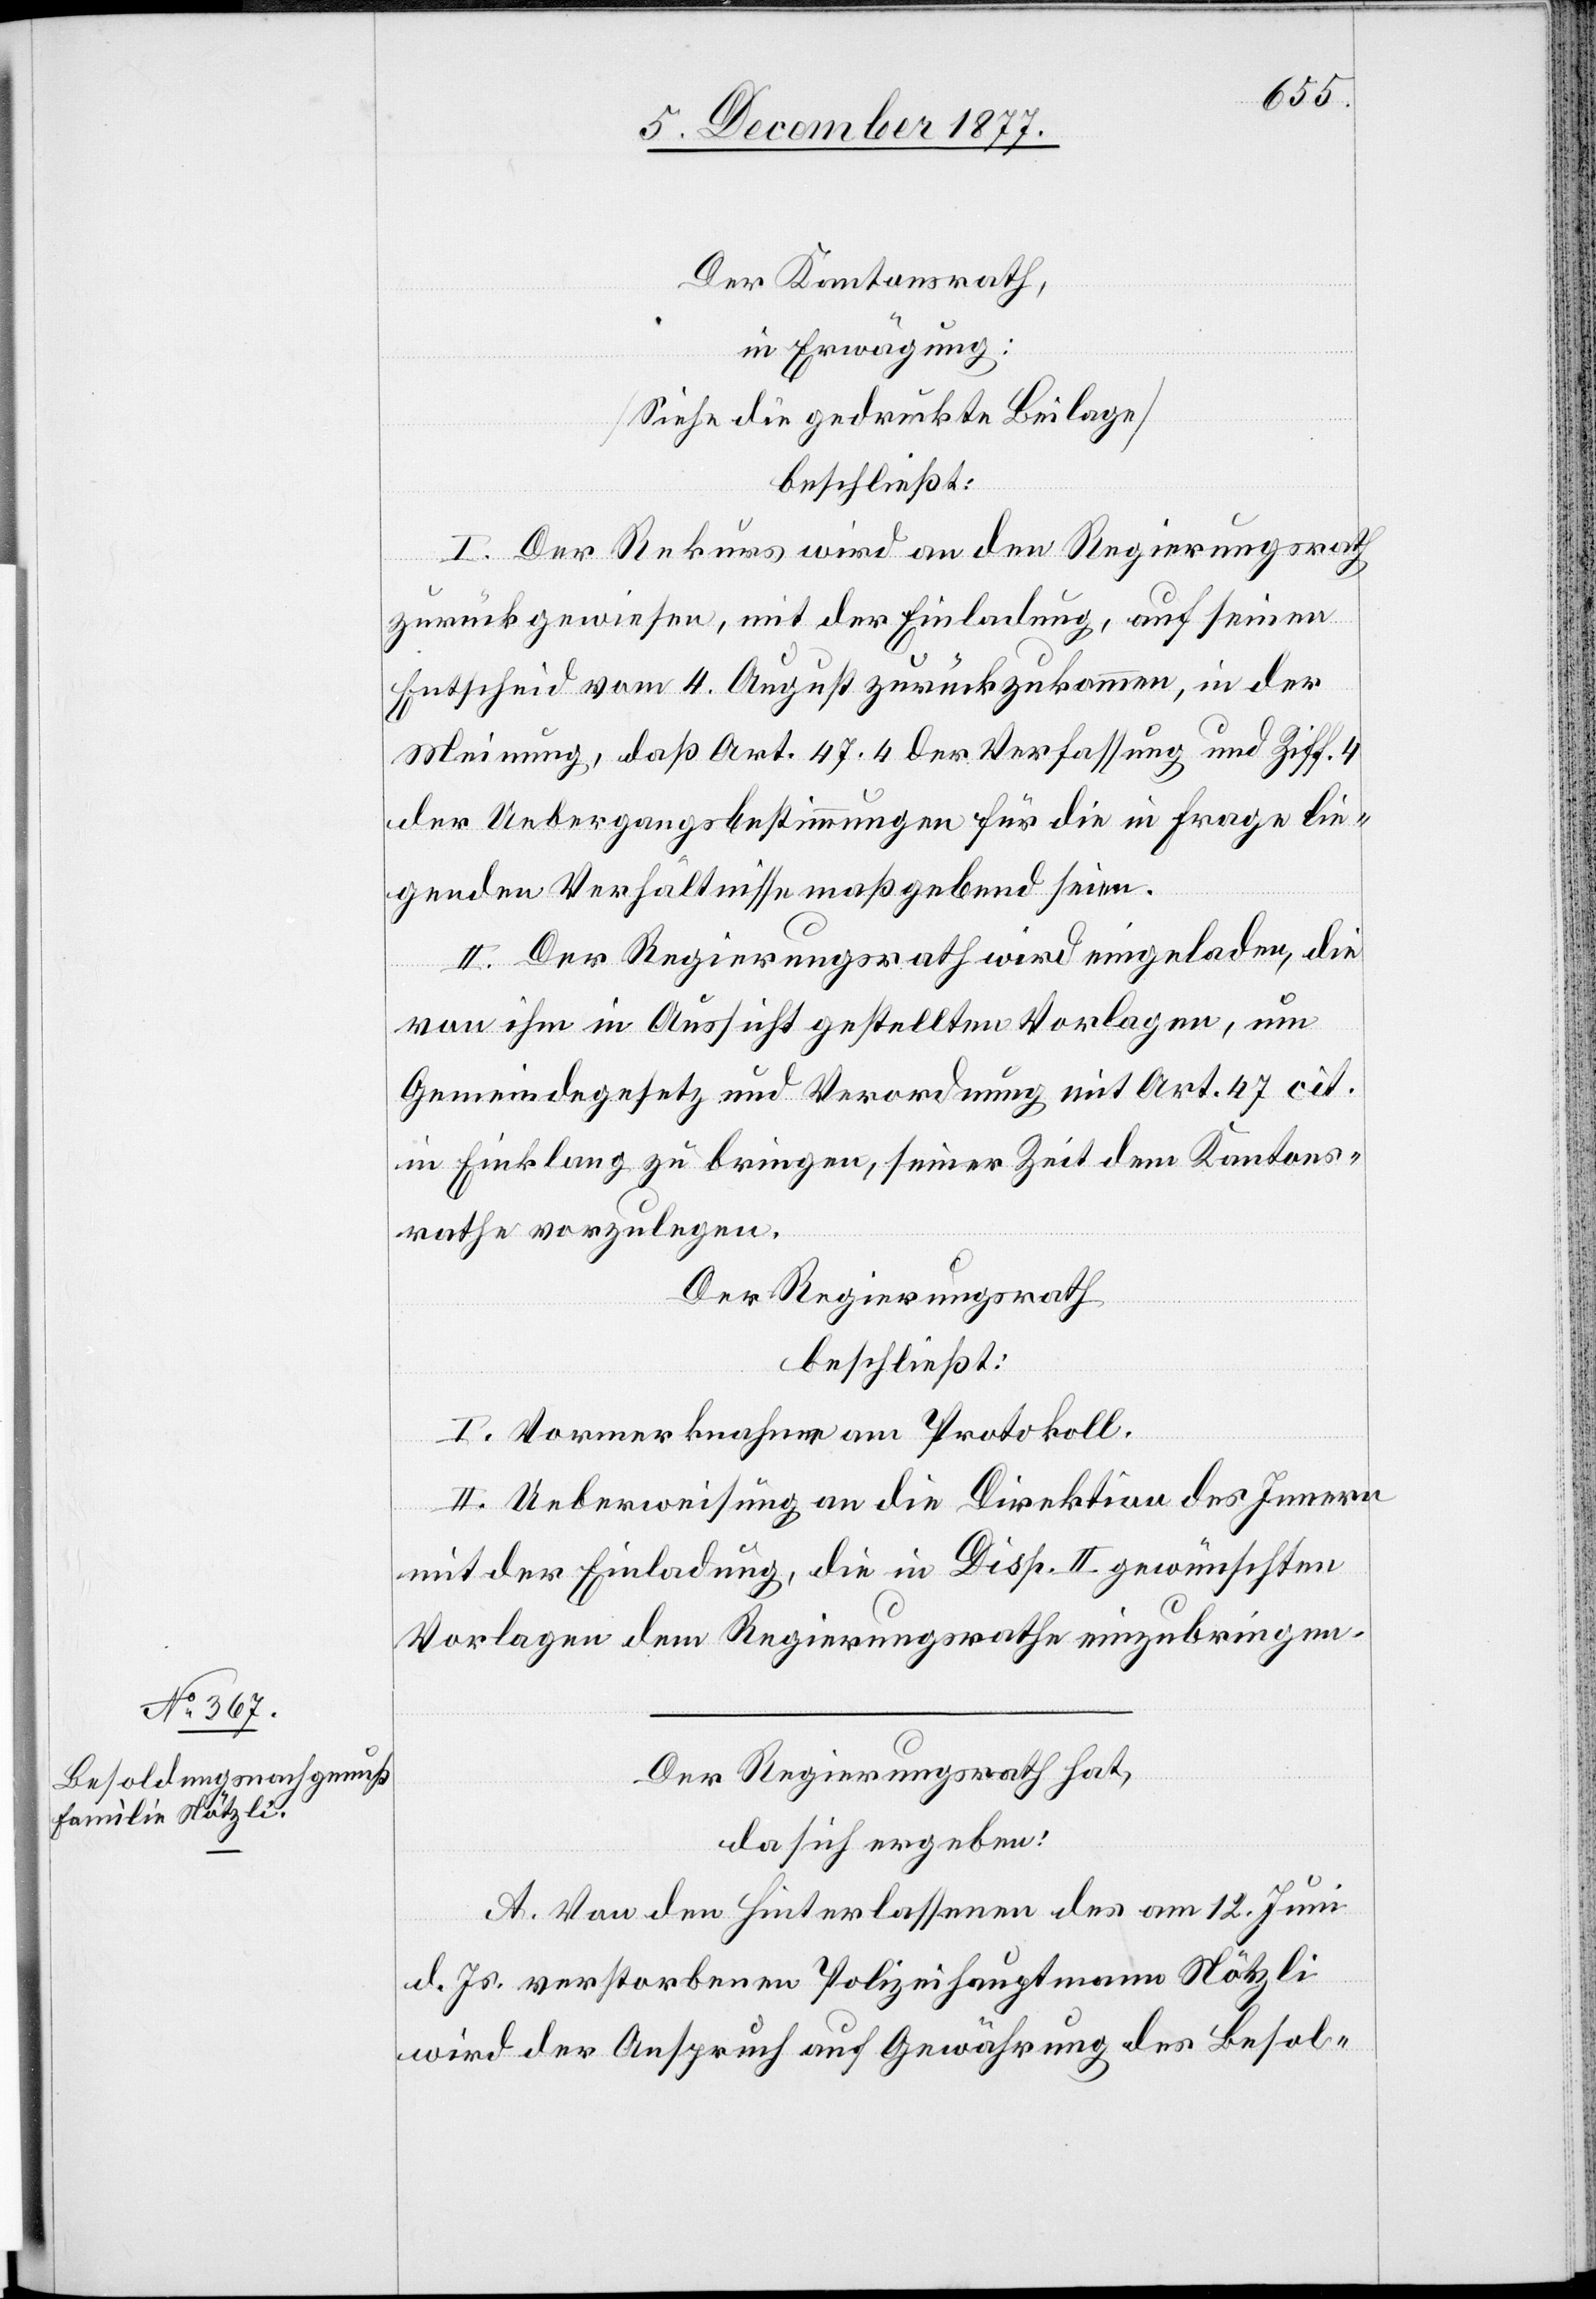
Der Kantonsrath,
in Erwägung:
[Siehe die gedruckte Beilage]
beschließt:
I. Der Rekurs wird an den Regierungsrath
zurückgewiesen, mit der Einladung, auf seinen
Entscheid vom 4. August zurückzukommen, in der
Meinung, daß Art. 47. 4 der Verfassung und Ziff. 4
der Uebergangsbestimmungen für die in Frage lie¬
genden Verhältnisse maßgebend seien.
II. Der Regierungsrath wird eingeladen, die
von ihm in Aussicht gestellten Vorlagen, um
Gemeindegesetz und Verordnung mit Art. 47 cit.
in Einklang zu bringen, seiner Zeit dem Kantons¬
rathe vorzulegen.
Der Regierungsrath
beschließt:
I. Vormerknahme am Protokoll.
II. Ueberweisung an die Direktion des Innern
mit der Einladung, die in Disp. II gewünschten
Vorlagen dem Regierungsrathe einzubringen.
Der Regierungsrath hat,
da sich ergeben:
A. Von den Hinterlassenen des am 12. Juni
d. Js. verstorbenen Polizeihauptmann Nötzli
wird der Anspruch auf Gewährung des Besol-